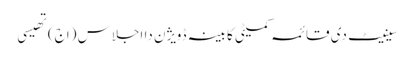
سینیٹ دی قائمہ کمیٹی کابینہ ڈویژن دا اجلاس (اج) تھیسی